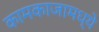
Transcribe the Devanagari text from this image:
कामकाजामध्ये